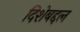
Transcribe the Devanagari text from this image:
दिशेबद्दल